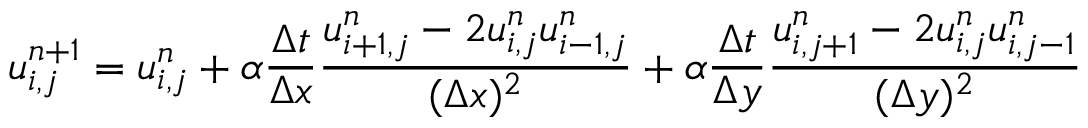
u _ { i , j } ^ { n + 1 } = u _ { i , j } ^ { n } + \alpha \frac { \Delta t } { \Delta x } \frac { u _ { i + 1 , j } ^ { n } - 2 u _ { i , j } ^ { n } u _ { i - 1 , j } ^ { n } } { ( \Delta x ) ^ { 2 } } + \alpha \frac { \Delta t } { \Delta y } \frac { u _ { i , j + 1 } ^ { n } - 2 u _ { i , j } ^ { n } u _ { i , j - 1 } ^ { n } } { ( \Delta y ) ^ { 2 } }